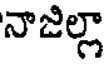
నాజిల్లా